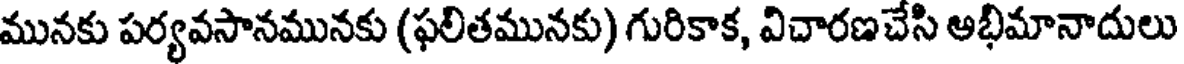
మునకు పర్యవసానమునకు (ఫలితమునకు) గురికాక, విచారణచేసి అభిమానాదులు